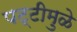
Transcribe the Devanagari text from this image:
पट्टीमुळे